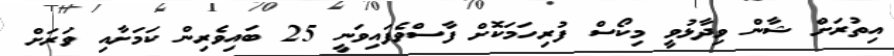
އިތުރަށް ޝާން ވިދާޅުވީ މިކޯސް ފުރިހަމަކޮށް ފާސްވެފައިވަނީ 25 ބައިވެރިން ކަމަށާއި ވަރަށް